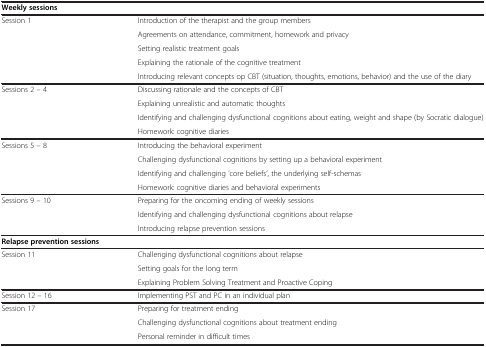
<table><thead><tr><td><b>Weekly sessions</b></td><td>[EMPTY_CELL]</td></tr></thead><tbody><tr><td>Session 1</td><td>Introduction of the therapist and the group members</td></tr><tr><td>[EMPTY_CELL]</td><td>Agreements on attendance, commitment, homework and privacy</td></tr><tr><td>[EMPTY_CELL]</td><td>Setting realistic treatment goals</td></tr><tr><td>[EMPTY_CELL]</td><td>Explaining the rationale of the cognitive treatment</td></tr><tr><td>[EMPTY_CELL]</td><td>Introducing relevant concepts op CBT (situation, thoughts, emotions, behavior) and the use of the diary</td></tr><tr><td>Sessions 2 – 4</td><td>Discussing rationale and the concepts of CBT</td></tr><tr><td>[EMPTY_CELL]</td><td>Explaining unrealistic and automatic thoughts</td></tr><tr><td>[EMPTY_CELL]</td><td>Identifying and challenging dysfunctional cognitions about eating, weight and shape (by Socratic dialogue)</td></tr><tr><td>[EMPTY_CELL]</td><td>Homework: cognitive diaries</td></tr><tr><td>Sessions 5 – 8</td><td>Introducing the behavioral experiment</td></tr><tr><td>[EMPTY_CELL]</td><td>Challenging dysfunctional cognitions by setting up a behavioral experiment</td></tr><tr><td>[EMPTY_CELL]</td><td>Identifying and challenging ‘core beliefs’, the underlying self-schemas</td></tr><tr><td>[EMPTY_CELL]</td><td>Homework: cognitive diaries and behavioral experiments</td></tr><tr><td>Sessions 9 – 10</td><td>Preparing for the oncoming ending of weekly sessions</td></tr><tr><td>[EMPTY_CELL]</td><td>Identifying and challenging dysfunctional cognitions about relapse</td></tr><tr><td>[EMPTY_CELL]</td><td>Introducing relapse prevention sessions</td></tr><tr><td><b>Relapse prevention sessions</b></td><td>[EMPTY_CELL]</td></tr><tr><td>Session 11</td><td>Challenging dysfunctional cognitions about relapse</td></tr><tr><td>[EMPTY_CELL]</td><td>Setting goals for the long term</td></tr><tr><td>[EMPTY_CELL]</td><td>Explaining Problem Solving Treatment and Proactive Coping</td></tr><tr><td>Session 12 – 16</td><td>Implementing PST and PC in an individual plan</td></tr><tr><td>Session 17</td><td>Preparing for treatment ending</td></tr><tr><td>[EMPTY_CELL]</td><td>Challenging dysfunctional cognitions about treatment ending</td></tr><tr><td>[EMPTY_CELL]</td><td>Personal reminder in difficult times</td></tr></tbody></table>